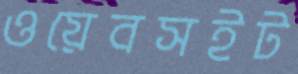
ওয়েবসইট